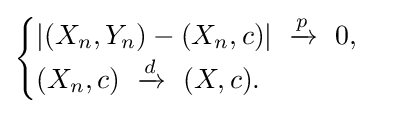
{\begin{cases}\left|(X_{n},Y_{n})-(X_{n},c)\right|\ \xrightarrow {p} \ 0,\\(X_{n},c)\ \xrightarrow {d} \ (X,c).\end{cases}}